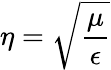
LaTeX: \eta={\sqrt{\frac{\mu}{\epsilon}}}